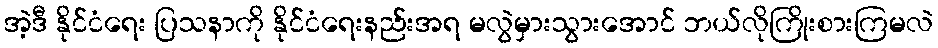
အဲ့ဒီ နိုင်ငံရေး ပြသနာကို နိုင်ငံရေးနည်းအရ မလွဲမှားသွားအောင် ဘယ်လိုကြိုးစားကြမလဲ